Vaccination United Provinces of Agra and Oudh 1923-1928 - 1923-1928
Year: 1923
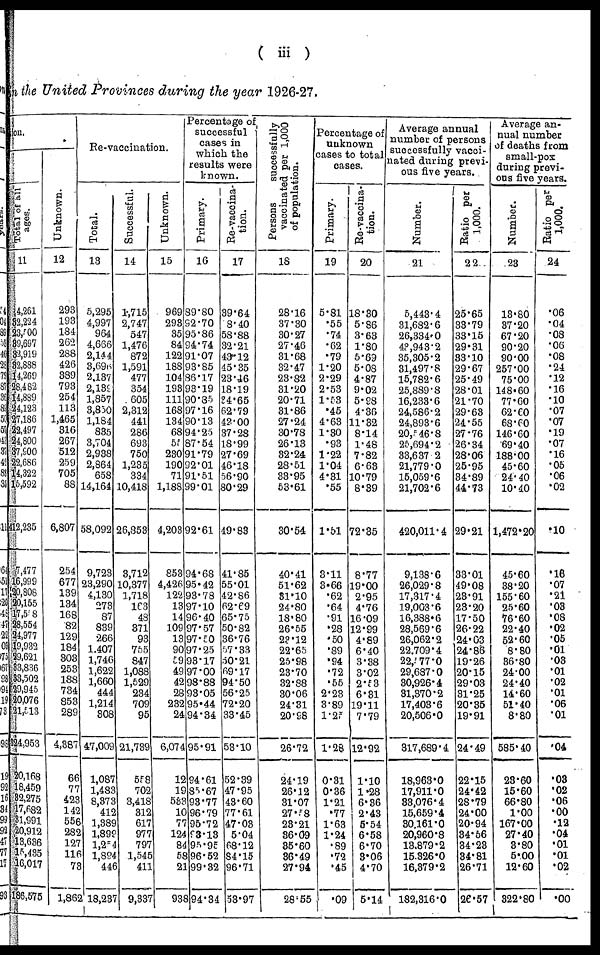
( iii)
in the United Provinces during the year 1926-27.
ion.
Total of all
ages.
11
4,261
32,224
23,700
39,697
32,919
32,888
14,269
28,482
14,889
24,123
27,186
22,497
24,800
37,900
22,686
14,322
15,592
412,235
7,477
16,999
20,808
20,155
17,558
28,554
24,977
19,932
29,621
33,836
33,502
29,945
20,076
21,513
324,953
20,168
18,459
32,275
17,682
31,991
20,912
13,636
15,435
16,017
186,575
Unknown.
12
293
193
184
262
288
426
389
793
254
113
1,465
316
267
512
259
705
88
6,807
254
677
139
134
168
82
129
184
303
253
188
734
853
289
4,387
66
77
423
142
556
282
127
116
73
1,862
Re-vaccination.
Total.
13
5,295
4,997
964
4,666
2,144
3,695
2,137
2,139
1,857
3,850
1,184
835
3,704
2,938
2,864
658
14,164
58,092
9,723
23,290
4,130
273
87
839
266
1,407
1,746
1,622
1,660
444
1,214
308
47,009
1,087
1,483
8,373
412
1,389
1,899
1,254
1,894
446
18,237
Successful.
14
1,715
2,747
547
1,476
872
1,591
477
354
605
2,312
441
286
693
750
1,235
334
10,418
26,853
3,712
10,377
1,718
163
48
371
93
755
847
1,088
1,529
234
709
95
21,739
558
702
3,418
312
617
977
797
1,545
411
9,337
Unknown.
15
969
293
35
84
122
188
104
193
111
168
134
68
55
230
190
71
1,188
4,203
853
4,426
122
13
14
109
13
90
59
49
42
28
232
24
6,074
12
19
533
10
77
124
84
58
21
938
Percentage of
successful
cases in
which the
results were
known.
Primary.
16
89.80
92.70
95.86
94.74
91.07
93.85
86.17
93.19
90.35
97.16
90.13
94.25
87.54
91.79
92.01
91.51
99.01
92.61
94.68
95.42
93.78
97.10
96.40
97.57
97.50
97.25
93.17
97.00
98.88
93.05
95.44
94.34
95.91
94.61
85.67
93.77
96.79
95.72
93.13
95.95
96.52
99.32
94.34
Re-vaccina¬
tion.
17
39.64
08.40
58.88
32.21
43.12
45.35
23.46
18.19
34.65
62.79
42.00
37.28
18.99
27.69
46.18
56.90
80.29
49.83
41.85
55.01
42.86
62.69
65.75
50.82
36.76
57.33
50.21
69.17
94.50
56.25
72.20
33.45
53.10
52.39
47.95
43.60
77.61
47.03
5.04
68.12
84.15
96.71
53.97
Persons
successfully
vaccinated per 1,000
of population.
18
28.16
37.30
30.27
27.46
31.68
32.47
23.82
31.20
20.71
31.86
27.24
30.78
26.13
32.24
28.51
33.95
53.61
30.54
40.41
51.62
31.10
24.80
18.80
26.55
23.12
22.65
25.98
23.70
32.88
30.06
24.31
20.98
26.72
24.19
26.12
31.07
27.58
23.21
36.09
35.60
36.49
27.94
28.55
Percentage of
unknown
cases to total
cases.
Primary.
19
5.81
.55
.74
.62
.79
1.20
2.29
2.53
1.53
.45
4.63
1.30
.93
1.22
1.04
4.31
.55
1.51
3.11
3.66
.62
.64
.91
.28
.50
.89
.94
.72
.55
2.23
3.89
l.25
1.28
0.31
0.36
1.21
.77
1.63
1.24
.89
.72
.45
.09
Re-vaccina-
tion.
20
18.30
5.86
3.63
1.80
5.69
5.08
4.87
9.02
5.98
4.36
11.32
8.14
1.48
7.82
6.63
10.79
8.39
72.35
8.77
19.00
2.95
4.76
16.09
12.99
4.89
6.40
3.38
3.02
2.53
6.31
19.11
7.79
12.92
1.10
1.28
6.36
2.43
5.54
6.58
6.70
3.06
4.70
5.14
Average annual
number of persons
successfully vacci-
nated during previ-
ous five years.
Number.
21
5,443.4
31,682.6
26,334.0
43,943.2
35,305.2
31,497.8
15,782.6
25,889.8
16,233.6
24,586.2
24,893.6
20,546.8
25,694.2
33,637.2
21,779.0
15,059.6
21,702.6
420,011.4
9,138.6
26,029.8
17,317.4
19,003.6
16,388.6
28,569.6
26,062.2
22,709.4
22,577.0
29,687.0
30,926.4
31,370.2
17,403.6
20,506.0
317,689.4
18,963.0
17,911.0
33,076.4
15,659.4
30.161.0
20,960.8
13,879.2
15.326.0
16,379.2
182,316.0
Ratio per
1,000.
22
25.65
33.79
33.15
29.31
33.10
29.67
25.49
28.01
21.70
29.63
24.55
27.76
26.34
28.06
25.95
34.89
44.73
29.21
33.01
49.08
23.91
23.20
17.50
26.22
24.03
24.86
19.26
20.15
29.03
31.25
20.35
19.91
24.49
22.15
24.42
28.79
24.00
20.94
34.56
34.23
34.81
26.71
26.57
Average an-
nual number
of deaths from
small-pox
during previ-
ous five years.
Number.
23
13.80
37.20
67.20
90.20
90.00
257.00
75.00
148.60
77.60
62.60
68.60
146.60
69.40
188.00
45.60
24. 40
10.40
1,472.20
45.60
38.20
155.60
25.60
76.60
22.40
52.60
8.80
36.80
24.00
24.40
14.60
51.40
8.80
585.40
23.60
15.60
66.80
1.00
167.00
27.40
3.80
5.00
12.60
322.80
Ratio per
1,000.
24
.06
.04
.08
.06
.08
.24
.12
.16
.10
.07
.07
.19
.07
.16
.05
.06
.02
.10
.16
.07
.21
.03
.08
.02
.05
.01
.03
.01
.02
.01
.06
.01
.04
.03
.02
.06
.00
.12
.04
.01
.01
.02
.00